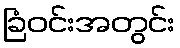
ခြံဝင်းအတွင်း